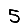
Digit: 5